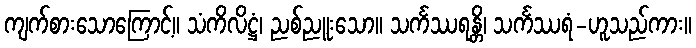
ကျက်စားသောကြောင့်။ သံကိလိဋ္ဌံ၊ ညစ်ညူးသော။ သင်္ကဿရန္တိ၊ သင်္ကဿရံ-ဟူသည်ကား။